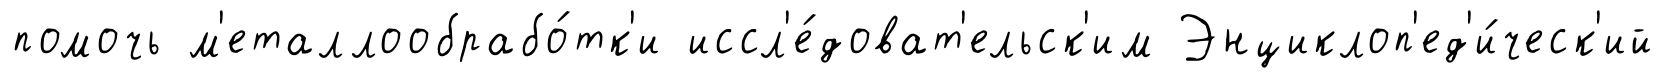
помочь м'еталлообрабо́тк'и иссл'е́доват'ельск'им Энциклоп'ед'и́ческ'ий